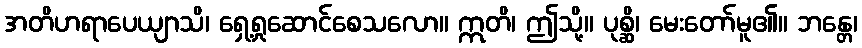
အတိဟရာပေယျာသိ၊ ရှေ့ရှုဆောင်စေသလော။ ဣတိ၊ ဤသို့။ ပုစ္ဆိ၊ မေးတော်မူ၏။ ဘန္တေ၊